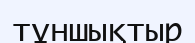
тұншықтыр